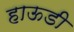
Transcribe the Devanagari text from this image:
हाऊडी